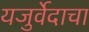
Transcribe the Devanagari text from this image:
यजुर्वेदाचा